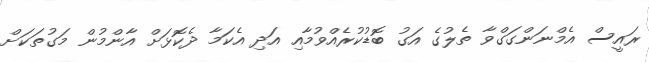
ރައީސް އެމްނަންގަގްވާ ތެލުގެ އަގު ބޮޑުކުރެއްވުމާއި އަދި އެކަމާ ދެކޮޅަށް އާންމުން މަގުތަކަށް